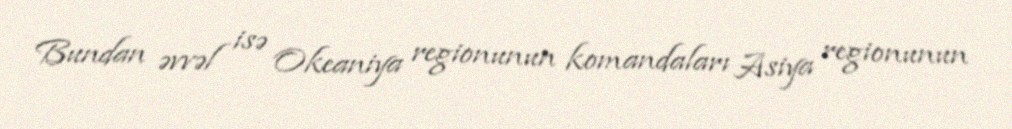
Bundan əvvəl isə Okeaniya regionunun komandaları Asiya regionunun